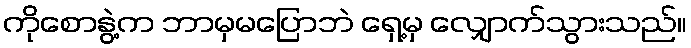
ကိုစောနွဲ့က ဘာမှမပြောဘဲ ရှေ့မှ လျှောက်သွားသည်။